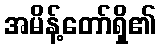
အမိန့်တော်ရှိ၏